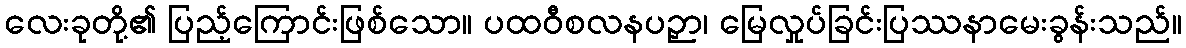
လေးခုတို့၏ ပြည့်ကြောင်းဖြစ်သော။ ပထဝီစလနပဉှာ၊ မြေလှုပ်ခြင်းပြဿနာမေးခွန်းသည်။